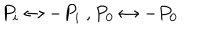
LaTeX: P _ { i } \leftrightarrow - P _ { i } \ , P _ { 0 } \leftrightarrow - P _ { 0 }